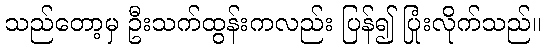
သည်တော့မှ ဦးသက်ထွန်းကလည်း ပြန်၍ ပြုံးလိုက်သည်။